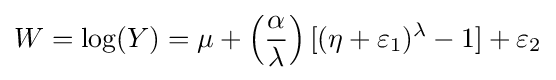
W=\log(Y)=\mu +\left({\frac {\alpha }{\lambda }}\right)[(\eta +\varepsilon _{1})^{\lambda }-1]+\varepsilon _{2}